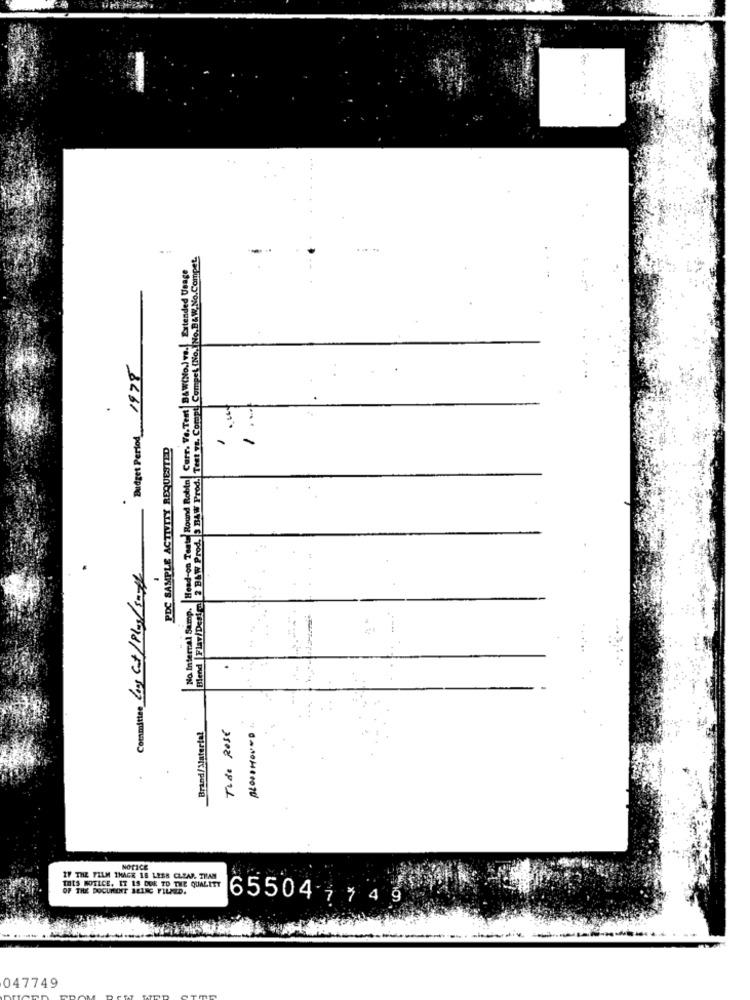
...-
Blend |Flav/Des!|2 B&W Prod. 3 B&W Prod. Test vs. Compt Compet (No.[No.B&W.No.Compet.
No Internal Sump. Head-on Toute Round Robin Curr. Ve. Test | B&W(No.)ve. Extended Ueage
Budget Pertod 1975
PDC SAMPLE ACTIVITY REQUESTED
Committee Long Cat/Plus/30th
Brand/Material
Tide Rose
BLOODHOUND
NOTICE
IF THE FILM THACK 18 LESS CLEAR. THAN
THE QUALIT
THIS NOTICE. IT IS DUE TO THE QUALITY
ZINC FILMED.
6550417 4 9
047749